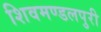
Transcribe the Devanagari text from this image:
शिवमण्डलपुरी